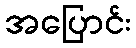
အပြောင်း